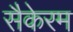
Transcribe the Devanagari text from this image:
सैकेरम